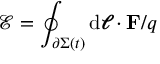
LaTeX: { \mathcal { E } } = \oint _ { \partial \Sigma ( t ) } \mathrm { d } { \boldsymbol { \ell } } \cdot \mathbf { F } / q